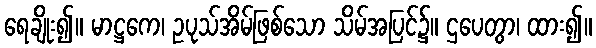
ရေချိုး၍။ မာဋ္ဌကေ၊ ဥပုသ်အိမ်ဖြစ်သော သိမ်အပြင်၌။ ဌပေတွာ၊ ထား၍။